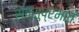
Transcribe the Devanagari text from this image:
सत्सुप्रभातं